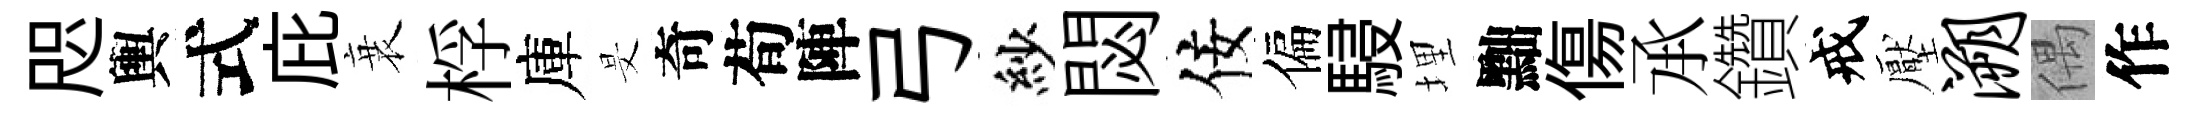
咫輿式庇衰桴庫旻奇荀陣弓紗閟佞偏駸埋黜傷𠄘鑽戒壓溯偶作